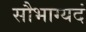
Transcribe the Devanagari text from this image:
सौभाग्यदं